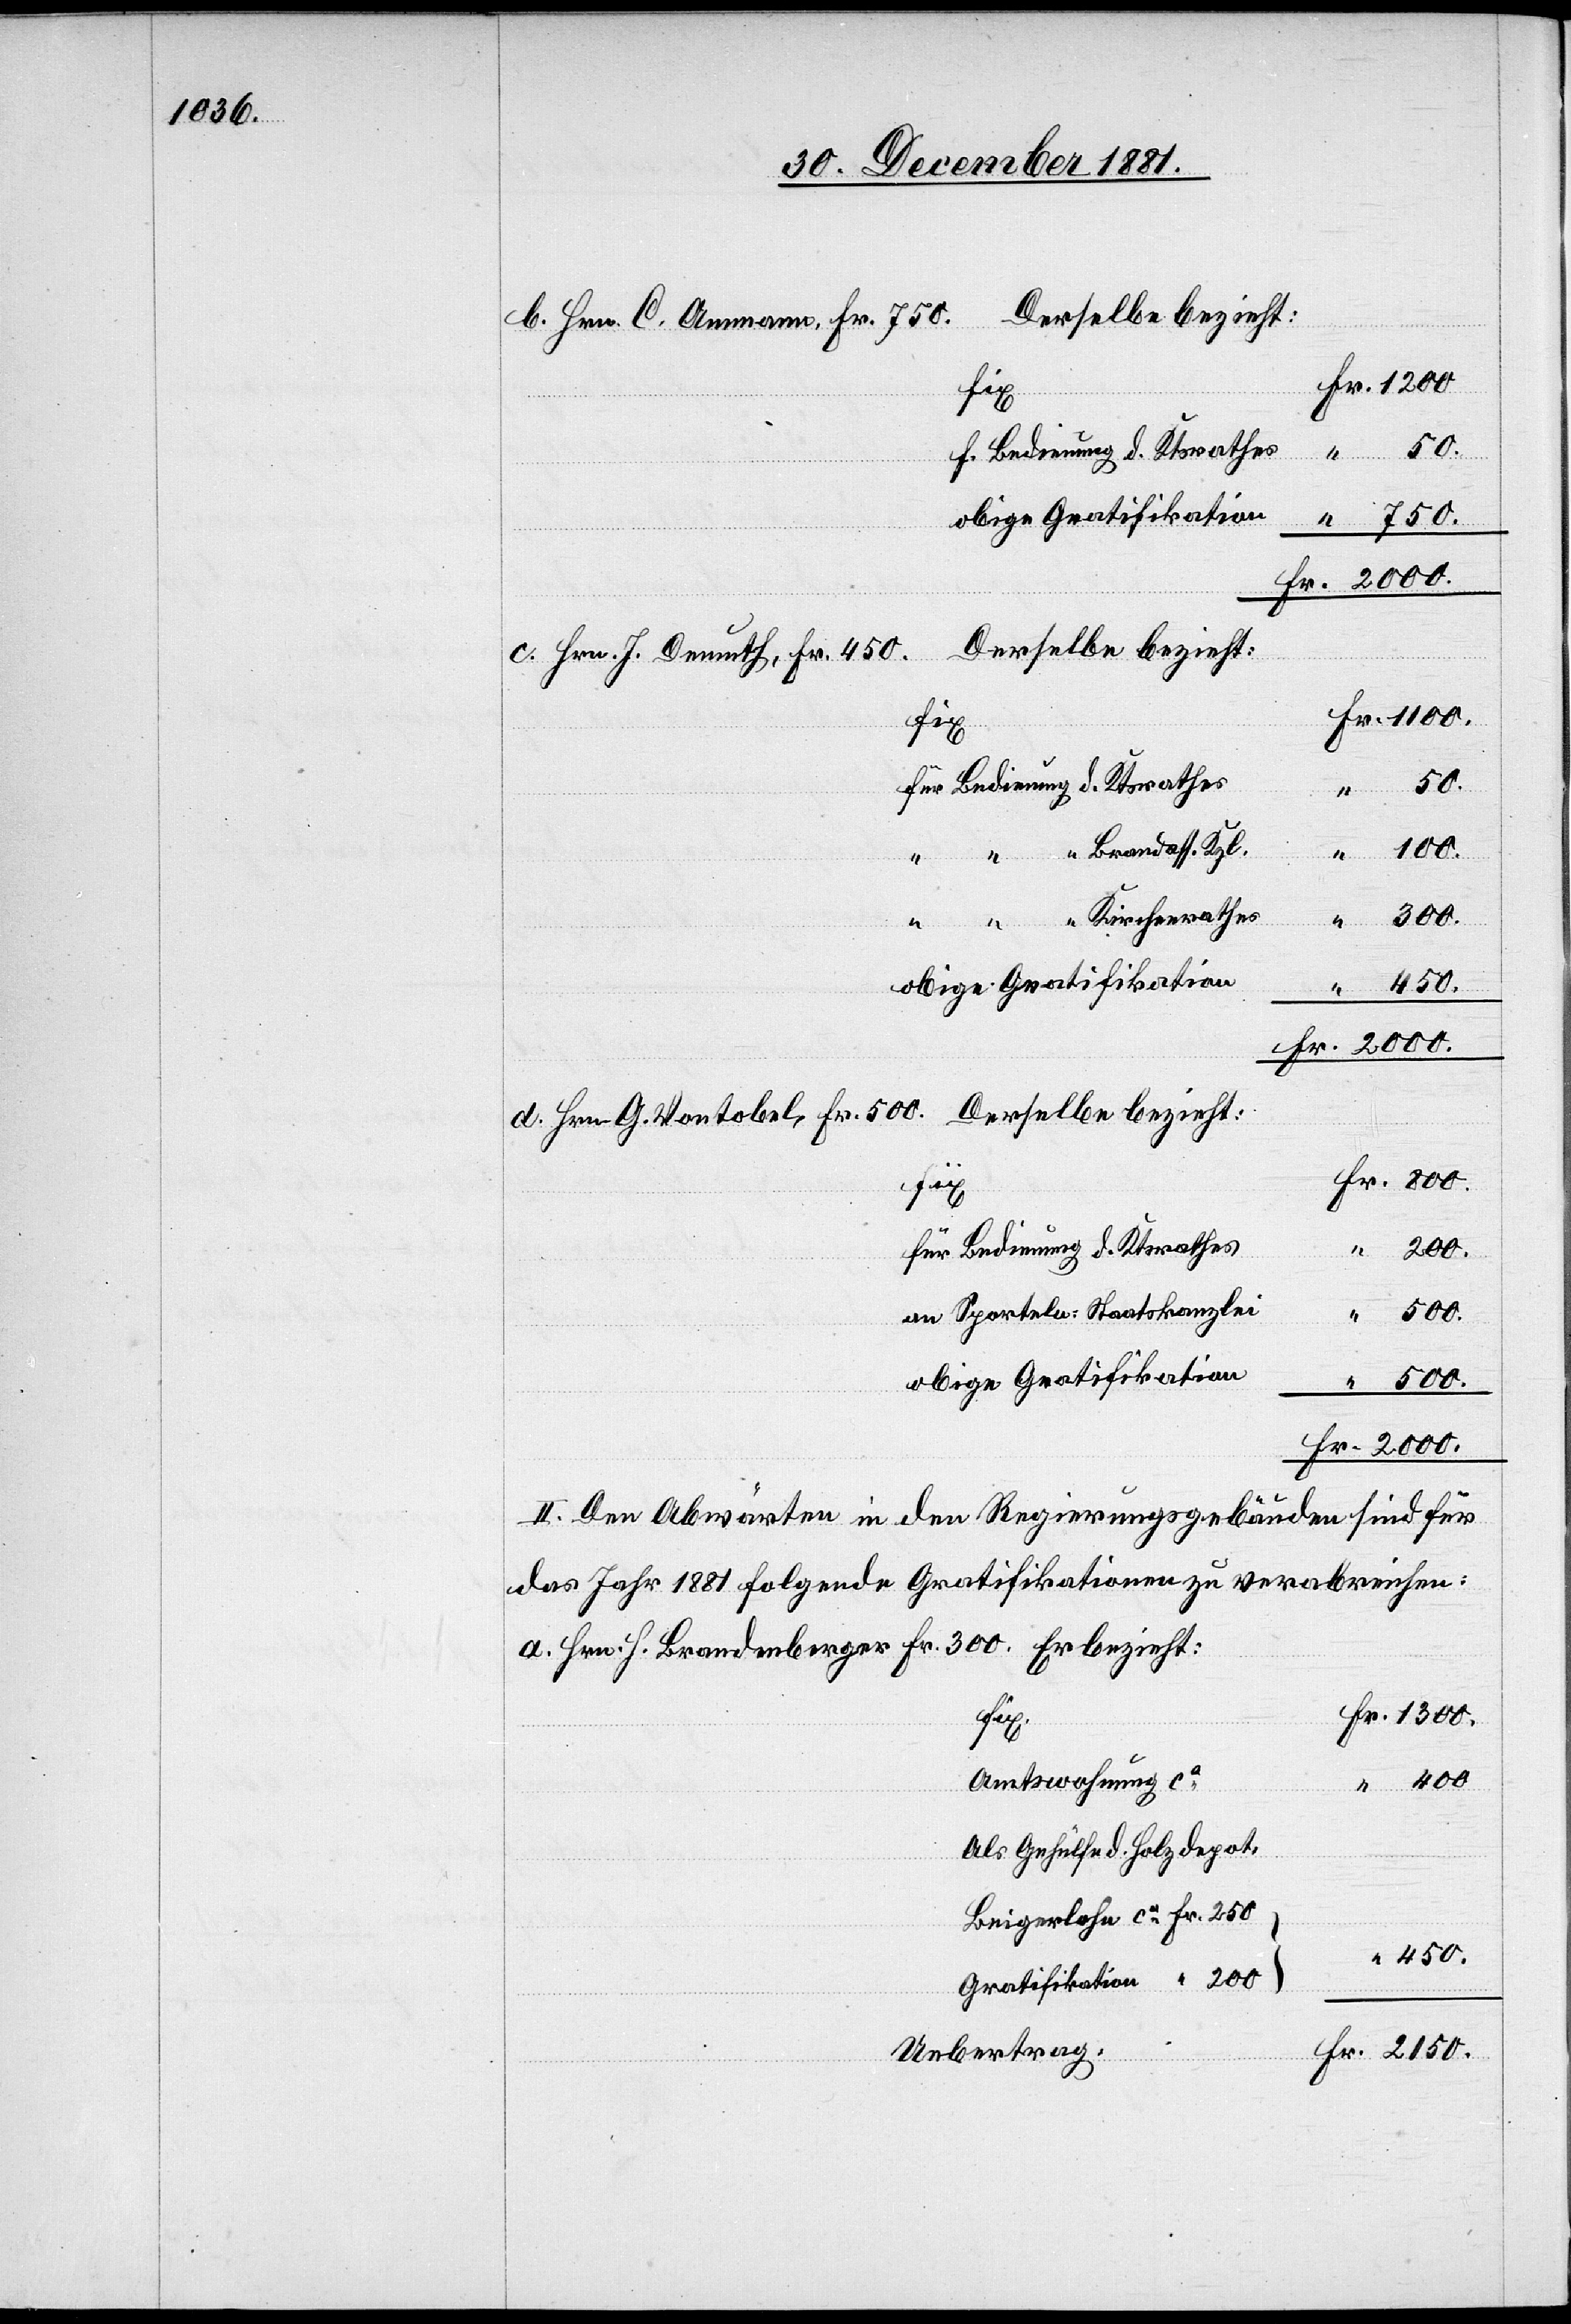
Derselbe bezieht:
b. Hrn. C. Ammann, Fr.
f. Bedienung d. Ktsrathes
obige Gratifikation
2150.
a.
c. Hrn. J. Demuth, Fr.
fix
1300.
“ “ Brandass. Kzl.
enberger
2000.
H.
“ “ “ Kirchenrathes
obige Gratifikation
450.
Fr. 300.
für Bedienung d. Ktsrathes
an Sporteln: Staatskanzlei
II. Den Abwärten in den Regierungsgebäuden sind für
das Jahr 1881 folgende Gratifikationen zu verabreichen:
Fr.
Amtswohnung ca
Als Gehülfe d. Holzdepot
Beigerlohn ca Fr. 250
Gratifikation “ 200
Uebertrag: